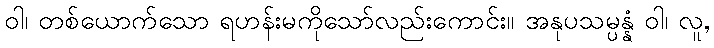
ဝါ၊ တစ်ယောက်သော ရဟန်းမကိုသော်လည်းကောင်း။ အနုပသမ္ပန္နံ ဝါ၊ လူ,